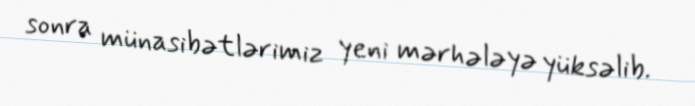
sonra münasibətlərimiz yeni mərhələyə yüksəlib.